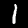
Digit: 1